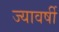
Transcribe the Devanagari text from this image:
ज्यावर्षी